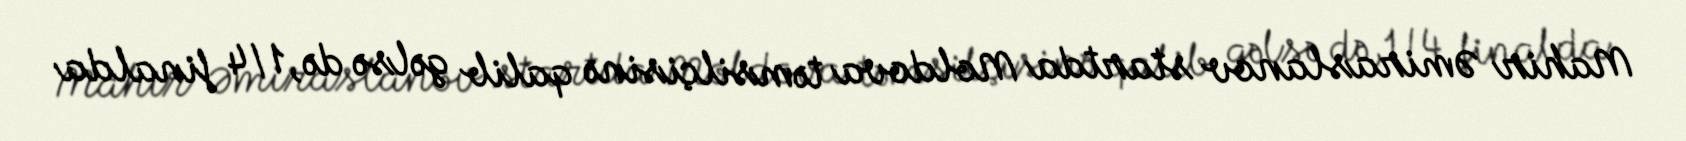
Mahir Əmiraslanov startda Moldova təmsilçisinə qalib gəlsə də, 1/4 finalda